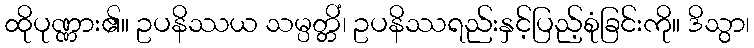
ထိုပုဏ္ဏား၏။ ဥပနိဿယ သမ္ပတ္တိံ၊ ဥပနိဿရည်းနှင့်ပြည့်စုံခြင်းကို။ ဒိသွာ၊